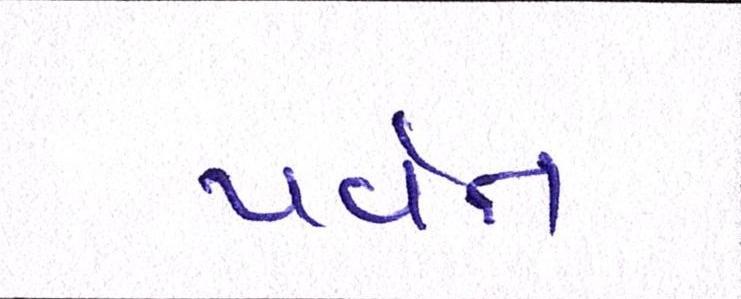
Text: પર્વત